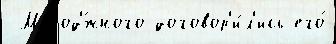
 Молод'́жного договор'и́л'ись его́